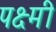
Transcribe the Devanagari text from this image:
पक्ष्मी